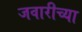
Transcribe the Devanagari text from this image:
जवारीच्या